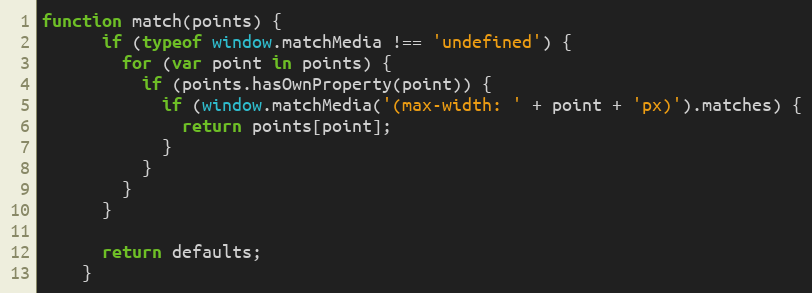
Language: JavaScript
function match(points) {
      if (typeof window.matchMedia !== 'undefined') {
        for (var point in points) {
          if (points.hasOwnProperty(point)) {
            if (window.matchMedia('(max-width: ' + point + 'px)').matches) {
              return points[point];
            }
          }
        }
      }

      return defaults;
    }